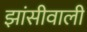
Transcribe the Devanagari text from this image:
झांसीवाली